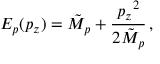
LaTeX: E _ { p } ( p _ { z } ) = { \tilde { M } } _ { p } + { \frac { { p _ { z } } ^ { 2 } } { 2 { \tilde { M } } _ { p } } } \, ,